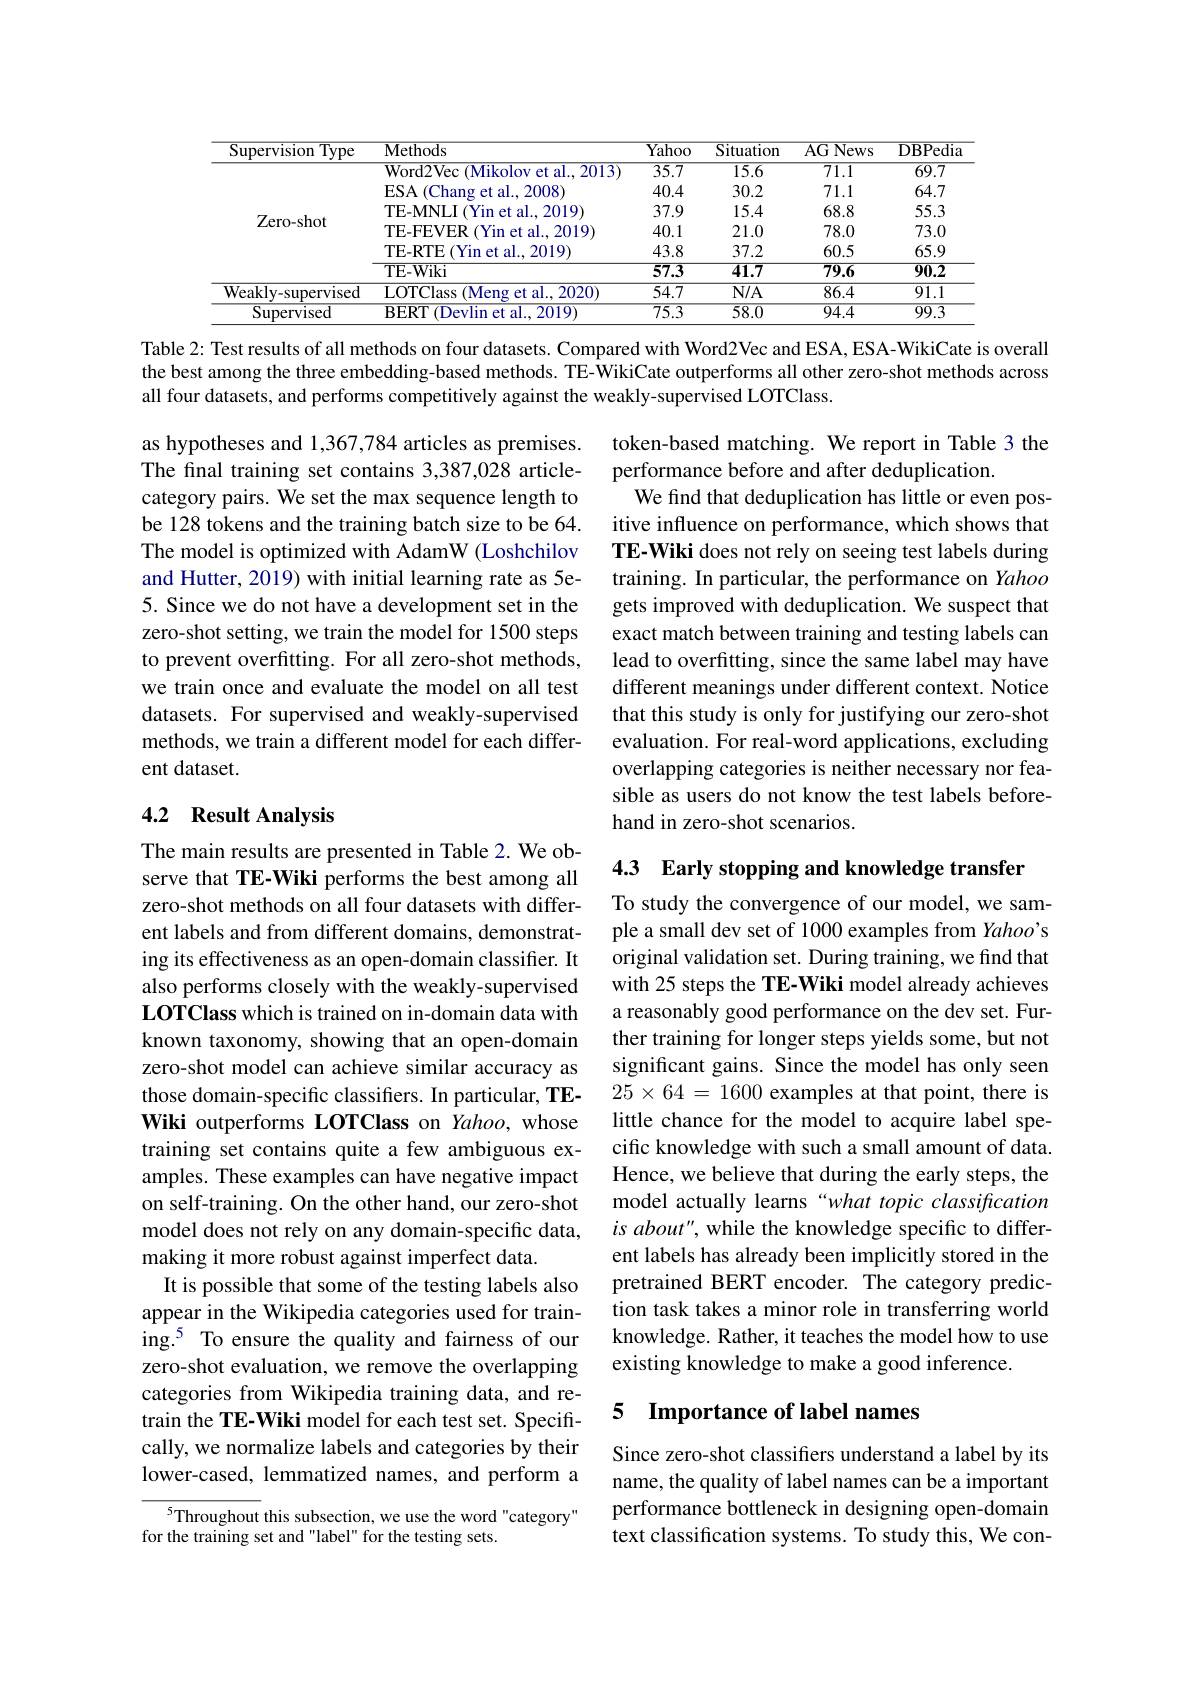
<table>
	<tbody>
		<tr>
			<th>Supervision $\overline{\mathrm{Type}}$</th>
			<th>$\overline{\mathrm{Methods}}$</th>
			<th>$\overline{\text{Yahoo}}$</th>
			<th>$\overline{{\mathrm{Situation}}}$</th>
			<th>$\overline{{\mathrm{AG~News}}}$</th>
			<th>DBPedia</th>
		</tr>
		<tr>
			<td rowspan="6">Zero- shot</td>
			<td>Word2Vec (Mikolov et al., 2013)</td>
			<td>$\overline{35.7}$</td>
			<td>15.6</td>
			<td>$\overline{71.1}$</td>
			<td>$\overline{69.7}$</td>
		</tr>
		<tr>
			<td>$ESA$ (Chang et al..2008 </td>
			<td>40.4</td>
			<td>30.2</td>
			<td>71.1</td>
			<td>64.7</td>
		</tr>
		<tr>
			<td>TE-MNLI (Yin et al., 2019)</td>
			<td>37.9</td>
			<td>15.4</td>
			<td>68.8</td>
			<td>55.3</td>
		</tr>
		<tr>
			<td>TE-FEVER (Yin et al., 2019)</td>
			<td>40.1</td>
			<td>21.0</td>
			<td>78.0</td>
			<td>73.0</td>
		</tr>
		<tr>
			<td>$\mathbf{TE-RTE}$ (Yin et al., 2019)</td>
			<td>43.8</td>
			<td>37.2</td>
			<td>60.5</td>
			<td>65.9</td>
		</tr>
		<tr>
			<td>TE-Wiki</td>
			<td>57.3</td>
			<td>41.7</td>
			<td>$\overline{79.6}$</td>
			<td>$\overline{90.2}$</td>
		</tr>
		<tr>
			<td>Weakly-supervised</td>
			<td>LOTClass (Meng et al..2020)</td>
			<td>54.7</td>
			<td>$N/A$</td>
			<td>86.4</td>
			<td>91.1</td>
		</tr>
		<tr>
			<td>Supervised</td>
			<td>BERT (Devlin et al., 2019)</td>
			<td>$\overline{75.3}$</td>
			<td>58.0</td>
			<td>$\overline{94.4}$</td>
			<td>$\overline{99.3}$</td>
		</tr>
	</tbody>
</table>

Table 2: Test results of all methods on four datasets. Compared with Word2Vec and ESA, ESA-WikiCate is overall the best among the three embedding-based methods. TE-WikiCate outperforms all other zero-shot methods across all four datasets, and performs competitively against the weakly-supervised LOTClass.

as hypotheses and 1,367,784 articles as premises. The final training set contains 3,387,028 articlecategory pairs. We set the max sequence length to be 128 tokens and the training batch size to be 64. The model is optimized with AdamW (Loshchilov and Hutter, 2019) with initial learning rate as 5e- 5. Since we do not have a development set in the zero-shot setting, we train the model for 1500 steps to prevent overfitting. For all zero-shot methods, we train once and evaluate the model on all test datasets. For supervised and weakly-supervised methods, we train a different model for each different dataset.

token-based matching. We report in Table 3 the
performance before and after deduplication.
We find that deduplication has little or even positive influence on performance, which shows that TE-Wiki does not rely on seeing test labels during training. In particular, the performance on Yahoo gets improved with deduplication. We suspect that exact match between training and testing labels can lead to overfitting, since the same label may have different meanings under different context. Notice that this study is only for justifying our zero-shot evaluation. For real-word applications, excluding overlapping categories is neither necessary nor feasible as users do not know the test labels beforehand in zero-shot scenarios.

## 4.2 Result Analysis

4.3 Early stopping and knowledge transfer

To study the convergence of our model, we sample a small dev set of 1000 examples from Yahoo's original validation set. During training, we find that with 25 steps the TE-Wiki model already achieves a reasonably good performance on the dev set. Further training for longer steps yields some, but not significant gains. Since the model has only seen $25\times64=1600$ examples at that point, there is little chance for the model to acquire label specific knowledge with such a small amount of data. Hence, we believe that during the early steps, the model actually learns “what topic classification is about", while the knowledge specific to different labels has already been implicitly stored in the pretrained BERT encoder. The category prediction task takes a minor role in transferring world knowledge. Rather, it teaches the model how to use existing knowledge to make a good inference.

The main results are presented in Table 2. We observe that TE-Wiki performs the best among all zero-shot methods on all four datasets with different labels and from different domains, demonstrating its effectiveness as an open-domain classifier. It also performs closely with the weakly-supervised LOTClass which is trained on in-domain data with known taxonomy, showing that an open-domain zero-shot model can achieve similar accuracy as those domain-specific classifiers. In particular, TEWiki outperforms LOTClass on Yahoo, whose training set contains quite a few ambiguous examples. These examples can have negative impact on self-training. On the other hand, our zero-shot model does not rely on any domain-specific data, making it more robust against imperfect data.
It is possible that some of the testing labels also appear in the Wikipedia categories used for training.$^{5}$ To ensure the quality and fairness of our zero-shot evaluation, we remove the overlapping categories from Wikipedia training data, and retrain the TE-Wiki model for each test set. Specifically, we normalize labels and categories by their lower-cased, lemmatized names, and perform a
5Throughout this subsection, we use the word "category"

## 5 Importance of label names

Since zero-shot classifiers understand a label by its name, the quality of label names can be a important performance bottleneck in designing open-domain text classification systems. To study this, We con-

for the training set and "label" for the testing sets.